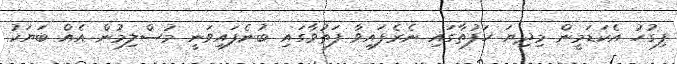
ފިގުހު އެކަޑަމީން މިދިޔަ ހަފުތާގައި ނެރެފައިވާ ފަތުވާގައި ބުނެފައިވަނީ މުސްލިމުން އެއް ބަޔަކު